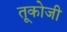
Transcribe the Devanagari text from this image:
तूकोजी